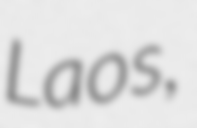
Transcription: Laos,